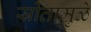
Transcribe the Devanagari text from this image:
स्रोतामुळे